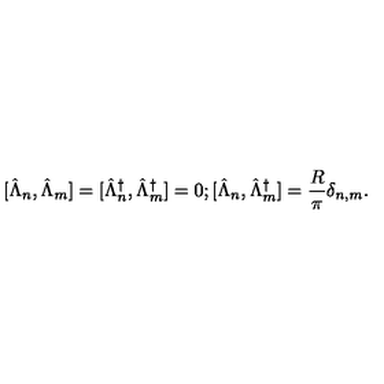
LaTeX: \mathrm { [ } \hat { \Lambda } _ { n } , \hat { \Lambda } _ { m } ] = [ \hat { \Lambda } _ { n } ^ { \dagger } , \hat { \Lambda } _ { m } ^ { \dagger } ] = 0 ; [ \hat { \Lambda } _ { n } , \hat { \Lambda } _ { m } ^ { \dagger } ] = \frac { R } { \pi } \delta _ { n , m } .